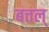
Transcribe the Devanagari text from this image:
बत्तल्